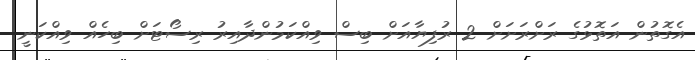
އެގޮތުން އަތޮޅުގެ ރަށްރަށަށް 2 ރުފިޔާއަށް ބިސް ވިއްކަމުންދާއިރު ރިސޯޓަށް ބިހެއް ވިއްކަނީ